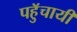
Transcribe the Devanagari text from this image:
पहुॅचायी